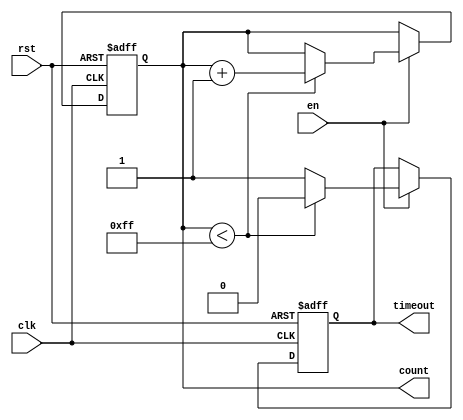
module timeout_counter #(
    parameter MAX_COUNT = 8'd255 // Configurable maximum count value
)(
    input wire clk,           // Clock input
    input wire rst,           // Asynchronous reset
    input wire en,            // Enable signal
    output reg [7:0] count,   // 8-bit count output
    output reg timeout        // Time-out signal
);

    // Always block for synchronous counting and timeout generation
    always @(posedge clk or posedge rst) begin
        if (rst) begin
            count <= 8'd0;     // Reset count to 0
            timeout <= 1'b0;   // Deassert timeout
        end else if (en) begin
            if (count < MAX_COUNT) begin
                count <= count + 1'b1; // Increment count
                timeout <= 1'b0;        // Deassert timeout during counting
            end else begin
                timeout <= 1'b1;        // Assert timeout when max count is reached
            end
        end
    end

endmodule